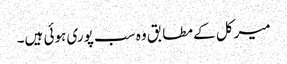
میرکل کے مطابق وہ سب پوری ہوئی ہیں۔